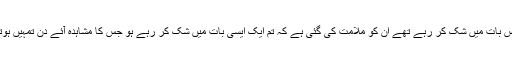
جو لوگ اس بات میں شک کر رہے تھے ان کو ملامت کی گئی ہے کہ تم ایک ایسی بات میں شک کر رہے ہو جس کا مشاہدہ آئے دن تمہیں ہوتا رہتا ہے۔